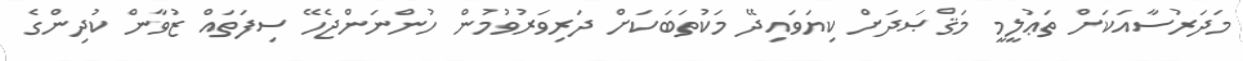
މަދަރުސާއަކަށް ތަޢުލީމީ މަޤްޞަދަށް ކިޔަވައިދޭ މަކުތަބަކަށް ދަރިވަރުވުމުން ހުންނަންޖެހޭ ސިފަތައް ޒުވާން ކުދިންގެ